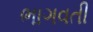
ભાગવતી